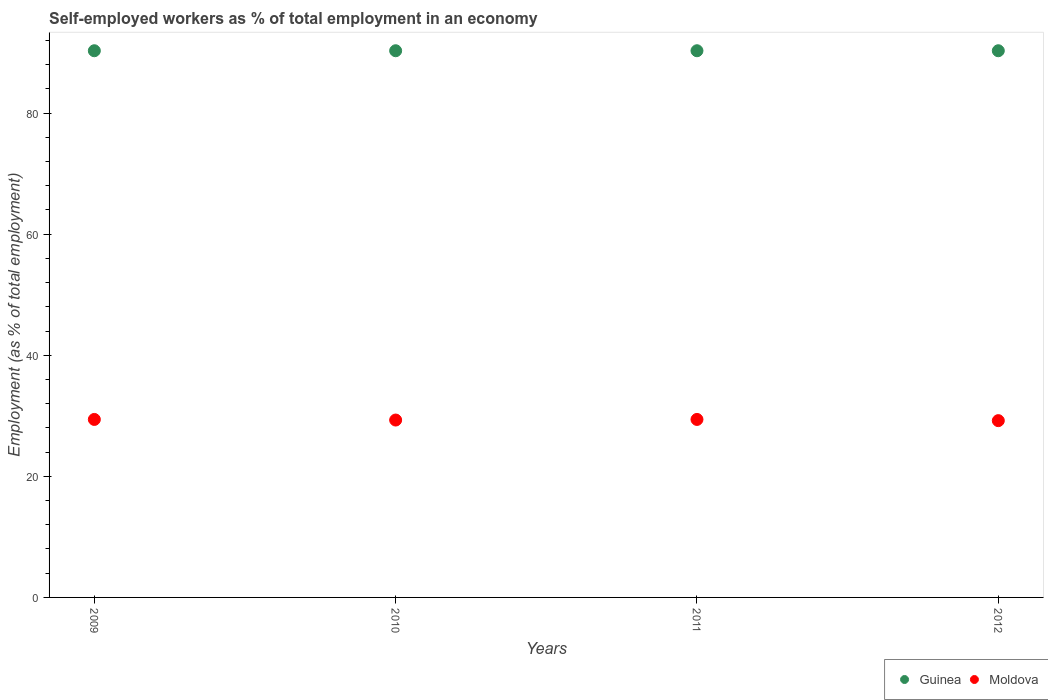
| Years | Guinea | Moldova |
 | --- | --- | --- |
 | 2009 | 90.3 | 29.4 |
 | 2010 | 90.3 | 29.3 |
 | 2011 | 90.3 | 29.4 |
 | 2012 | 90.3 | 29.2 |